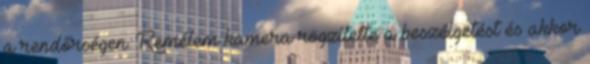
a rendőrségen. Remélem kamera rögzítette a beszélgetést és akkor